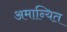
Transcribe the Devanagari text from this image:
अमान्यित